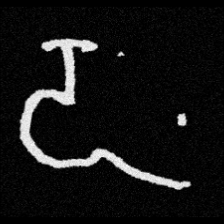
Pyu character \u2014 Myanmar letter: ဍ (romanized: dda)